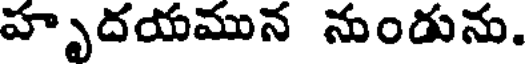
హృదయమున నుండును.